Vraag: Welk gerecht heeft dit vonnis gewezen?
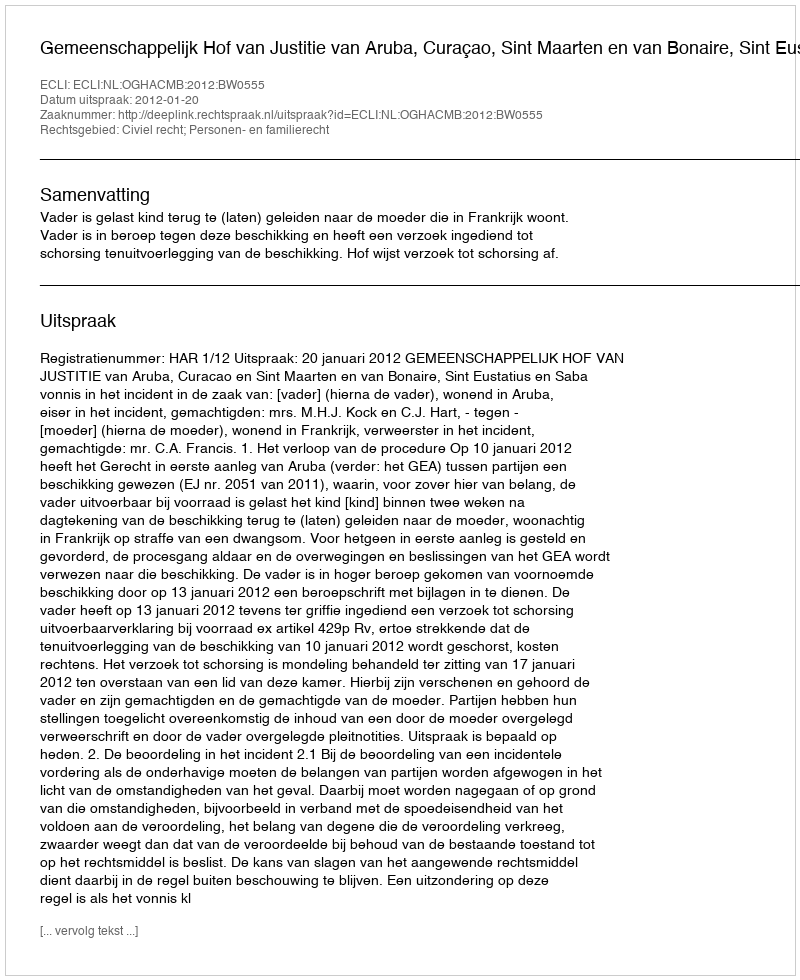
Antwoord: Gemeenschappelijk Hof van Justitie van Aruba, Curaçao, Sint Maarten en van Bonaire, Sint Eustatius en Saba